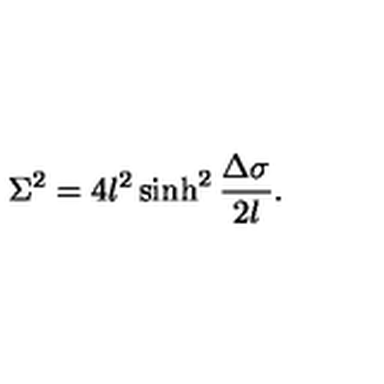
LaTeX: \Sigma ^ { 2 } = 4 l ^ { 2 } \sinh ^ { 2 } { \frac { \Delta \sigma } { 2 l } } .